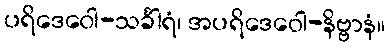
ပရိဒေဝေါ-သင်္ခါရံ၊ အပရိဒေဝေါ-နိဗ္ဗာနံ။